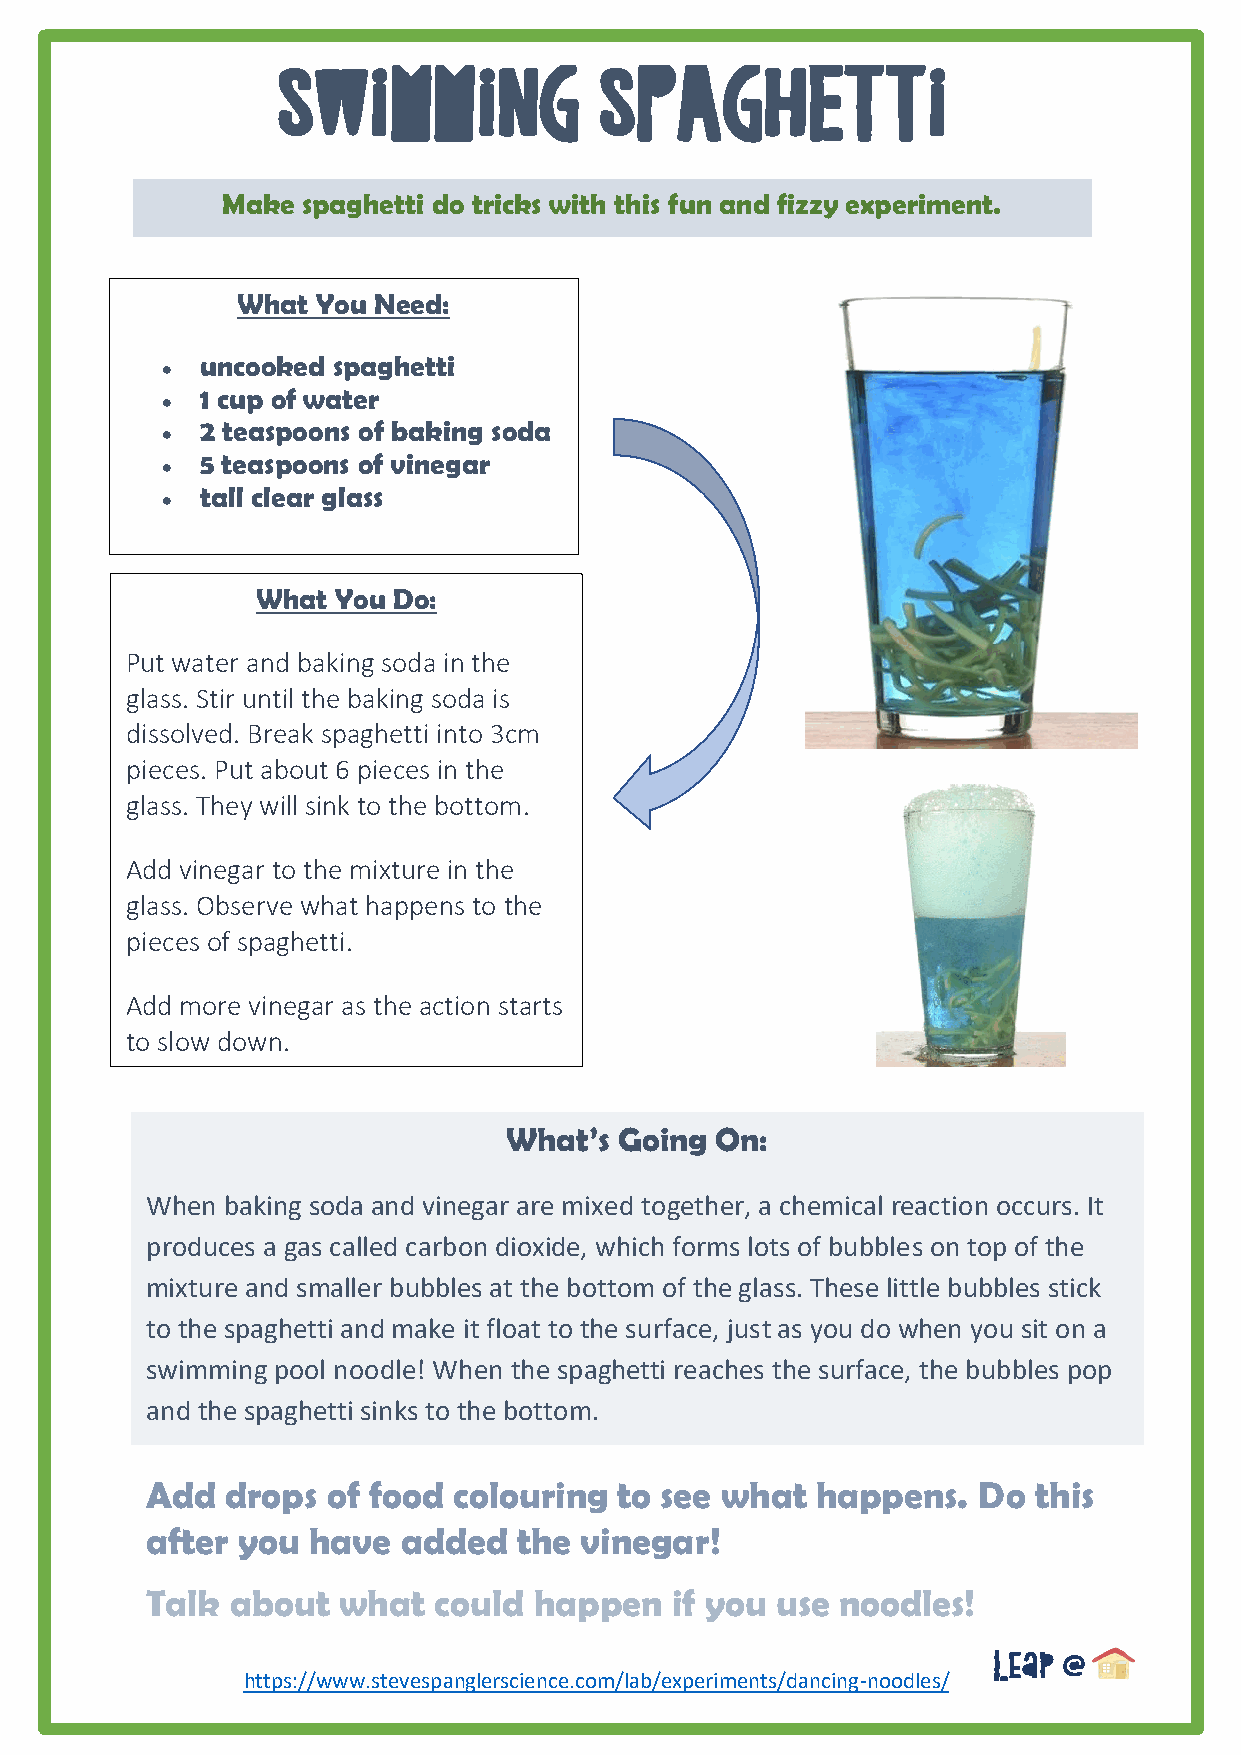
SWIMMING              SPAGHETTI
 Make spaghetti do tricks with this fun and fizzy experiment.
 What You Need:
 •
 uncooked spaghetti
 1 cup of water
 •
 2 teaspoons of baking soda
 •
 5 teaspoons of vinegar
 •
 tall clear glass
 •
 What You Do:
 Put water and baking soda in the
 glass. Stir until the baking soda is
 dissolved. Break spaghetti into 3cm
 pieces. Put about 6 pieces in the
 glass. They will sink to the bottom.
 Add vinegar to the mixture in the
 glass. Observe what happens to the
 pieces of spaghetti.
 Add more vinegar as the action starts
 to slow down.
 What’s  Going On:
 When baking soda and vinegar are mixed together, a chemical reaction occurs. It
 produces a gas called carbon dioxide, which forms lots of bubbles on top of the
 mixture and smaller bubbles at the bottom of the glass. These little bubbles stick
 to the spaghetti and make it float to the surface, just as you do when you sit on a
 swimming pool noodle! When the spaghetti reaches the surface, the bubbles pop
 and the spaghetti sinks to the bottom.
 Add  drops  of food colouring  to see what  happens.   Do this
 after you have  added   the vinegar!
 Talk about  what   could happen   if you use  noodles!
 Leap @
 https://www.stevespanglerscience.com/lab/experiments/dancing-noodles/